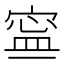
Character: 𡩬